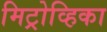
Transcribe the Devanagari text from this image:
मिट्रोव्हिका